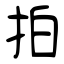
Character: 拍